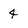
Character: 4